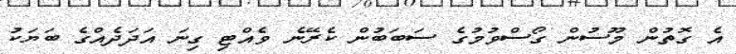
އެ ގޮތުން މޫސުން ގޯސްވުމުގެ ސަބަބުން ކެރޭނެ ވެއްޓި ގިނަ އަދަދެއްގެ ބަޔަކު